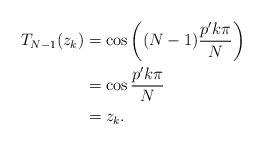
LaTeX: \begin{align*}T_{N-1}(z_k)&=\cos\left((N-1)\frac{p'k\pi}{N}\right)\\&=\cos\frac{p'k\pi}{N}\\&=z_k.\end{align*}